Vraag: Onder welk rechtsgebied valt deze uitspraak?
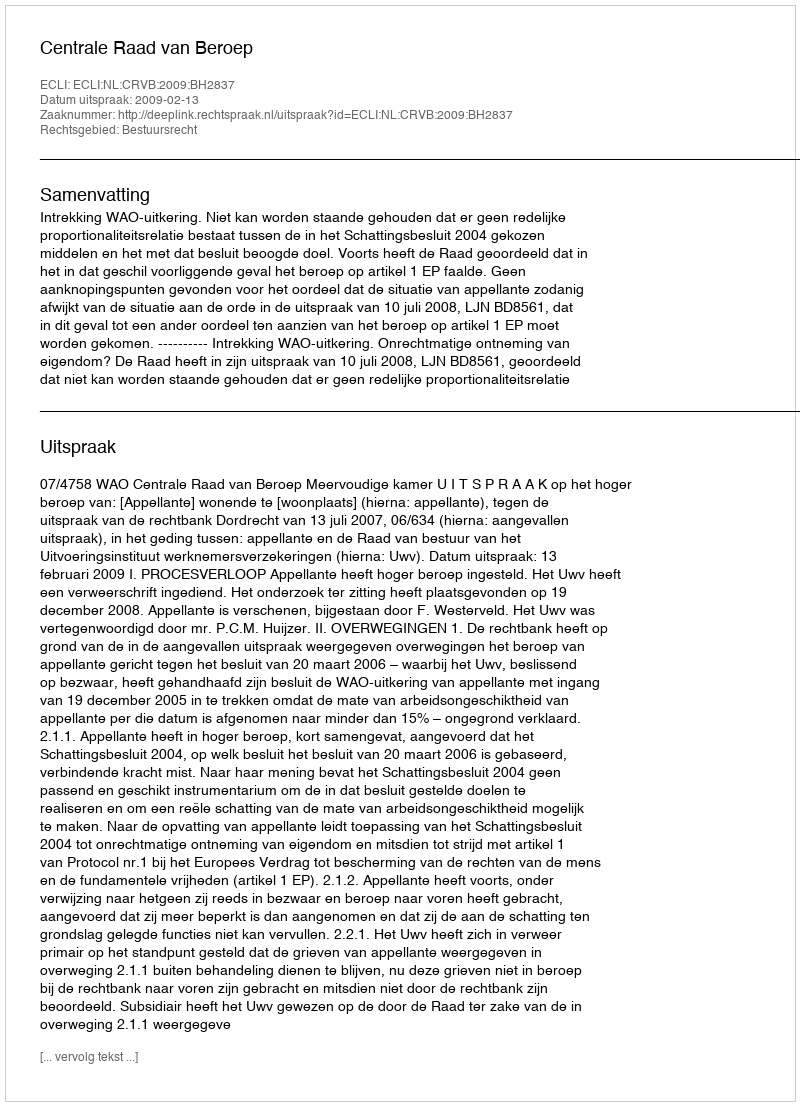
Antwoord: Bestuursrecht